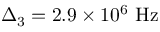
\Delta _ { 3 } = 2 . 9 \times 1 0 ^ { 6 } ~ \mathrm { H z }